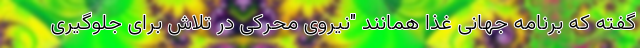
گفته که برنامه جهانی غذا همانند "نیروی محرکی در تلاش برای جلوگیری